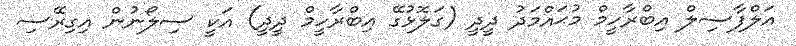
އަލްފާޟިލް އިބްރާހީމް މުޙައްމަދު ދީދީ (ގަލޮޅުގޭ އިބްރާހީމް ދީދީ) އަކީ ސިލޯނުން އިގިރޭސި